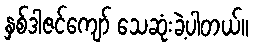
နှစ်ဒါဇင်ကျော် သေဆုံးခဲ့ပါတယ်။